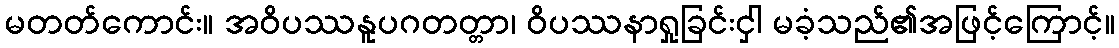
မတတ်ကောင်း။ အဝိပဿနူပဂတတ္တာ၊ ဝိပဿနာရှုခြင်းငှါ မခံ့သည်၏အဖြင့်ကြောင့်။